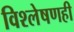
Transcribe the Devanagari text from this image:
विश्लेषणही